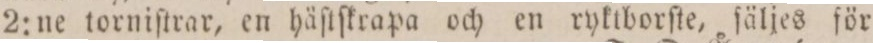
2:ne torniſtrar, en häſtſkrapa och en ryktborſte, ſäljes för